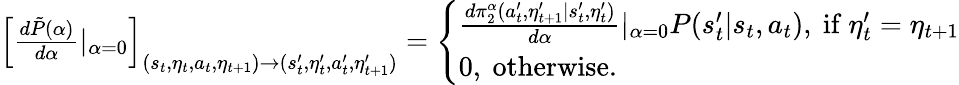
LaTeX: \begin{array}{r}{\left[\frac{d\tilde{P}(\alpha)}{d\alpha}|_{\alpha=0}\right]_{(s_{t},\eta_{t},a_{t},\eta_{t+1})\to(s_{t}^{\prime},\eta_{t}^{\prime},a_{t}^{\prime},\eta_{t+1}^{\prime})}=\left\{ \begin{array}{ll}{\frac{d\pi_{2}^{\alpha}(a_{t}^{\prime},\eta_{t+1}^{\prime}|s_{t}^{\prime},\eta_{t}^{\prime})}{d\alpha}|_{\alpha=0}P(s_{t}^{\prime}|s_{t},a_{t}),\ \mathrm{if~}\eta_{t}^{\prime}=\eta_{t+1}}\\ {0,\ \mathrm{otherwise}.}\end{array}\right.}\end{array}